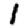
Digit: 1